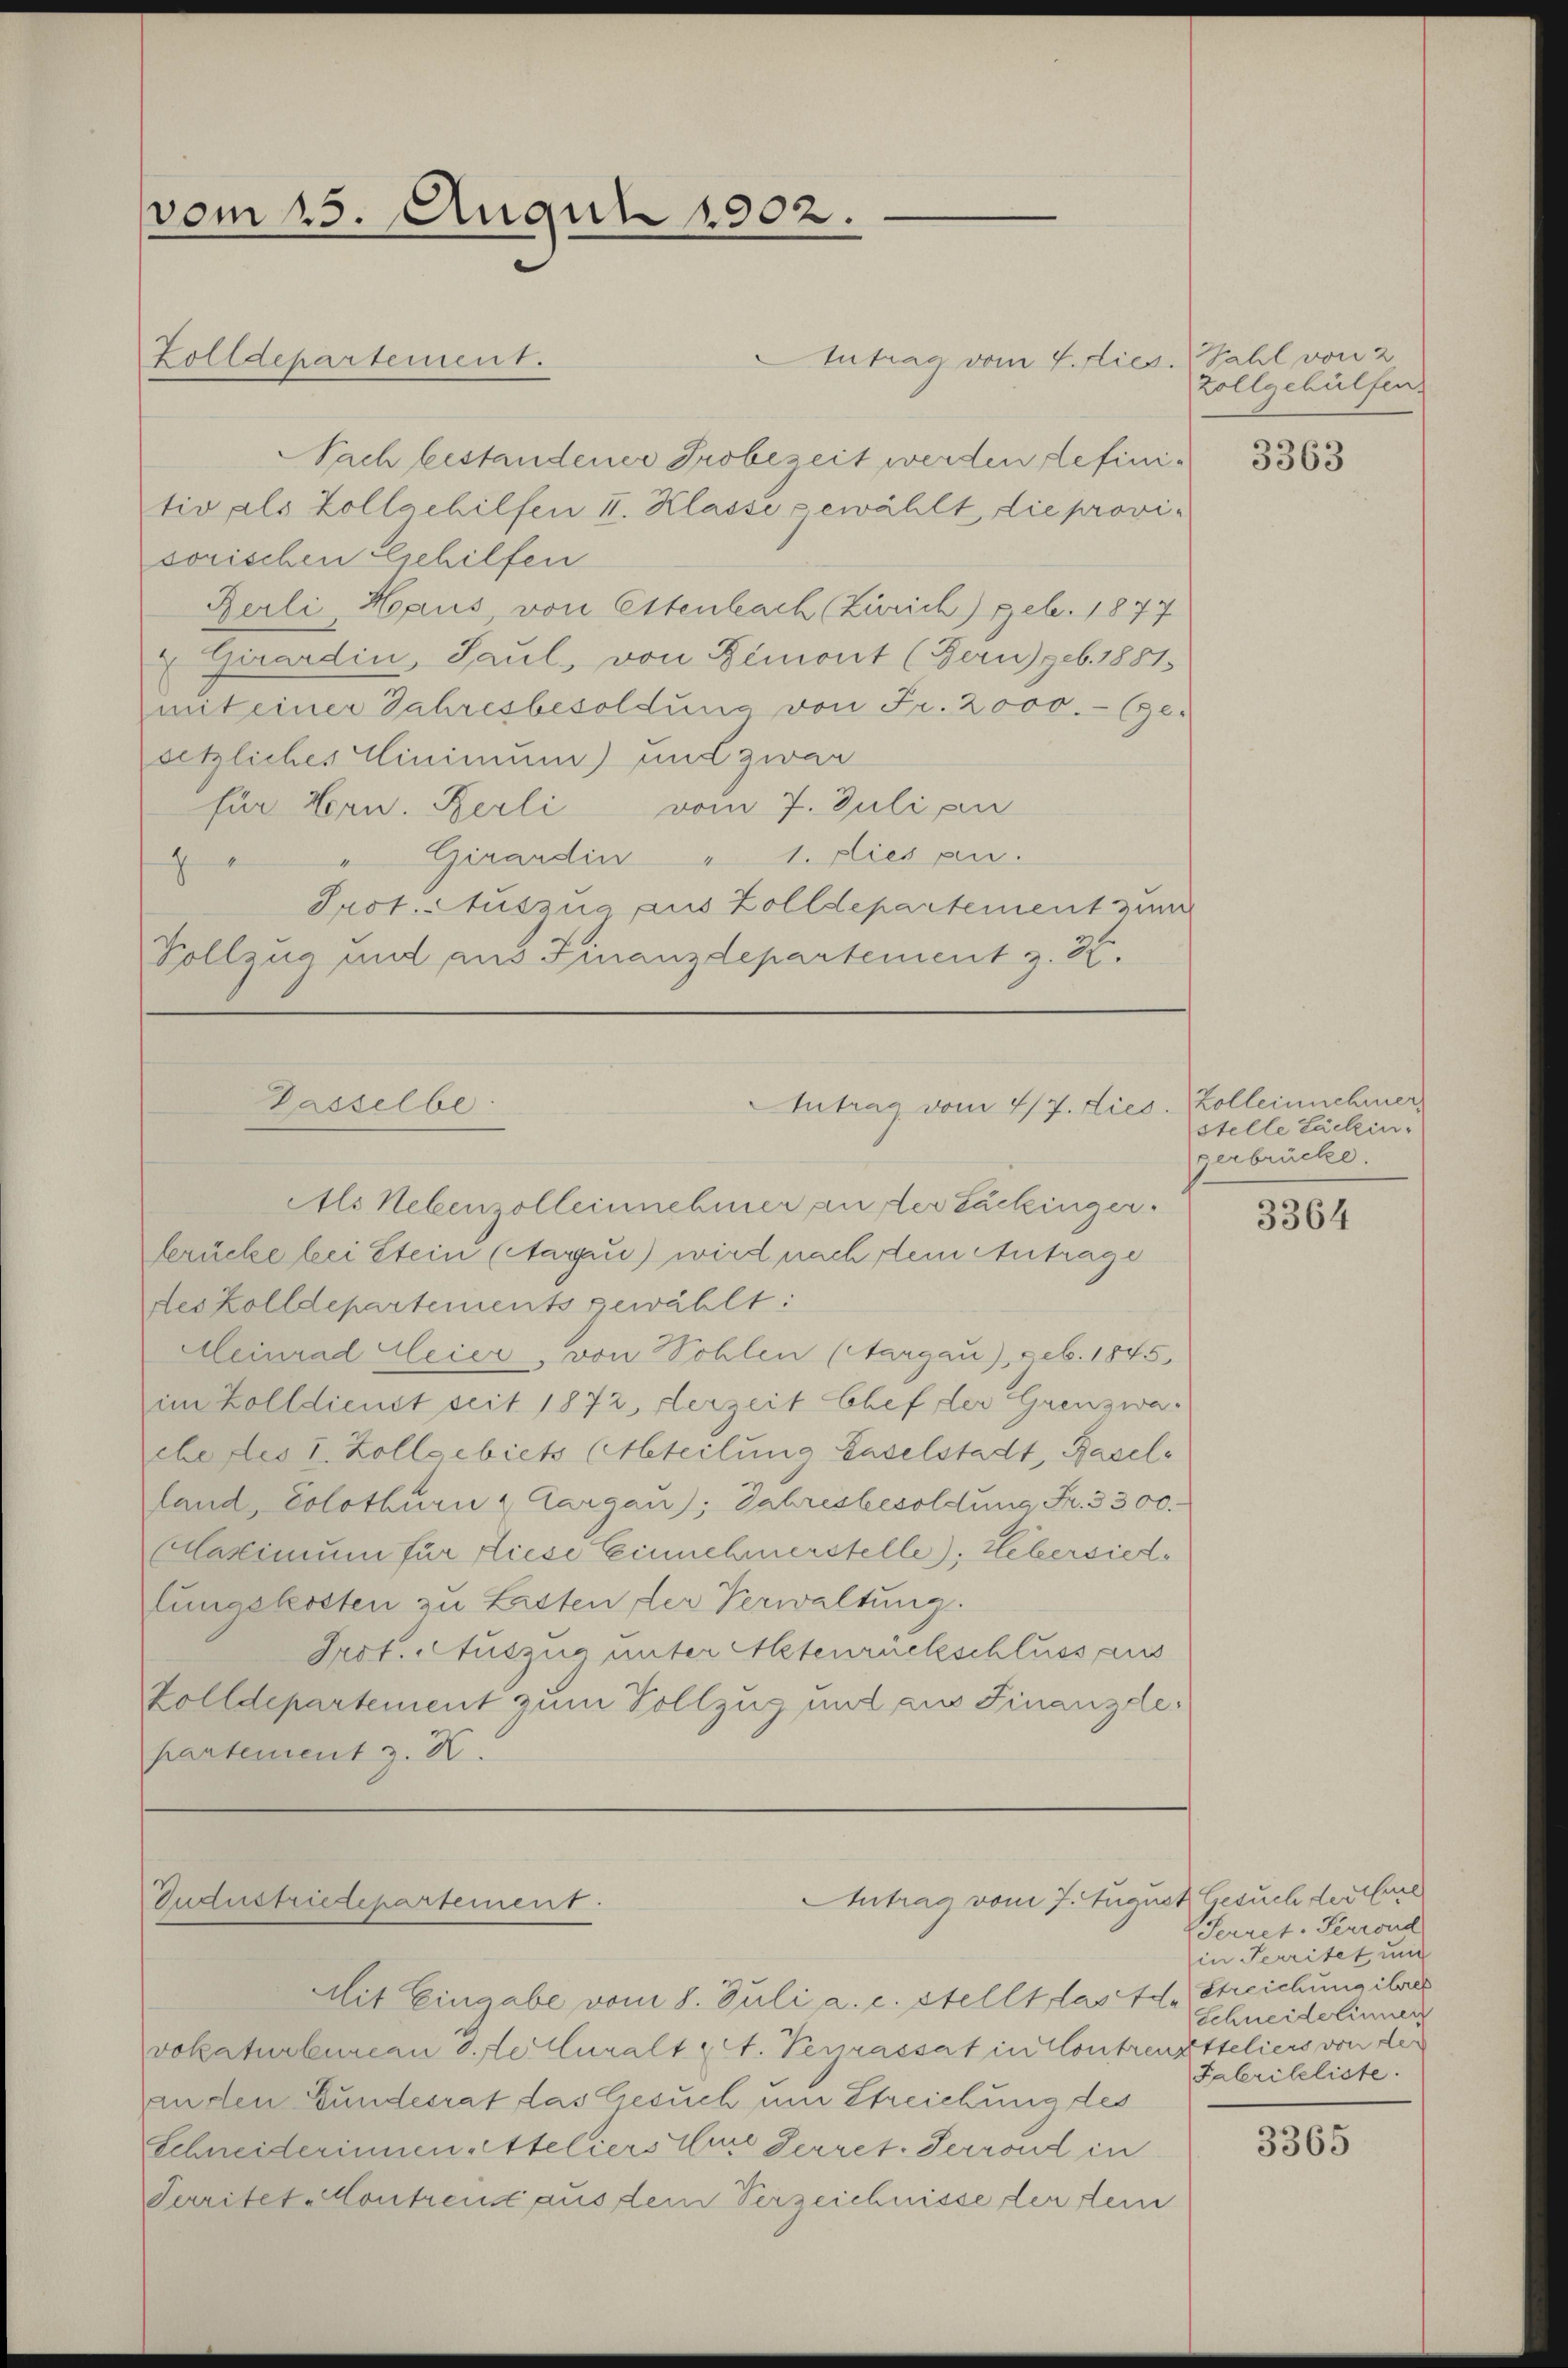
vom 15. Auguli 1902.

Antrag vom 4. Diese Zahl von 2
Nach bestandener Probezeit werden definitiv als Zollgehilfen II. Klasse gewählt die provisorischen Gehilfen
Rerli, Haus, von Ettenbach (Zürich) Feb. 1877
Girardin, Paul, von Demont (Bern) geb. 1881.
mit einer Jahresbesoldung von Fr. 2000.- (ge-
setzliches Minimum) und zwar
für Hrn. Berli vom 7. Juli an
 Girardin " 1. dies gen.
Prot. Auszug aus Zolldepartement zum
Vollzug und aus Finanzdepartement z. 37.

Zolldepartement.

Passelbe

Antrag vom 4/7. Dies
Als Nebenzolleinnehmer an der Lackinger.

berücke bei Stein (Aarui) wird nach dem Antrage
des Kolldepartements gewählt:
Heinrad Meier, von Sohlen (Aargau), geb. 1845,
im Zolldienst seit 1872, derzeit Chef der Grenzwa-
ebettes 1. Zollsebiets teilung Haselstadt, Baselland, Solothurn & Aargau), Jahresbesoldung Fr. 3300.
Maximum für diese Einnehmerstelle); Lebersiedlungskosten zu Lasten der Verwaltung.
Prot. Auszug unter Altenrückschluss aus
Zolldepartement zum Vollzug und aus Finanzdehartement z. K.

Antrag vom 7. August Gesuch der Carl
Industrictepartement.

Zollgehülfen.

Mit Eingabe vom 8. Juli a. c. stellt das t d. Streichung ihres
vokaturbureau d. Le Curalt (lt. Verrassat in Contreuzsteliers von der
anden Bundesrat das Gesuch um Streichung des
Schneiderinnen Ateliers iure Herret. Perrond in
Territet-Montreu aus dem Verzeichnisse der fein

3363

v. Zolleinnehmer
stelle Lackingerbrücke.

3364

Serret. Perrond
in Territet und
Schneidelinner
Fabrikeliste.

3365